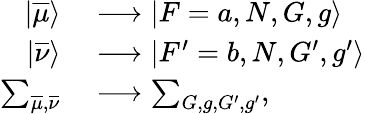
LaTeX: \begin{array}{rl}{|\overline{{\mu}}\rangle}&{{}\longrightarrow|F=a,N,G,g\rangle}\\ {|\overline{{\nu}}\rangle}&{{}\longrightarrow|F^{\prime}=b,N,G^{\prime},g^{\prime}\rangle}\\ {\sum_{\overline{{\mu}},\overline{{\nu}}}}&{{}\longrightarrow\sum_{G,g,G^{\prime},g^{\prime}},}\end{array}